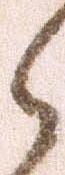
々